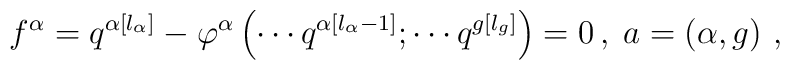
f^{\alpha }=q^{\alpha \left[ l_{\alpha }\right] }-\varphi ^{\alpha }\left(\cdots q^{\alpha \left[ l_{\alpha }-1\right] };\cdots q^{g\left[ l_{g}\right]}\right) =0\,,\;a=\left( \alpha ,g\right) \,,